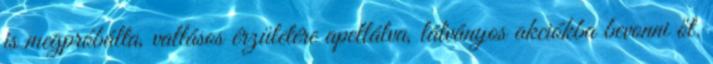
is megpróbálta, vallásos érzületére apellálva, látványos akciókba bevonni őt.